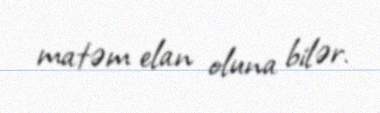
matəm elan oluna bilər.